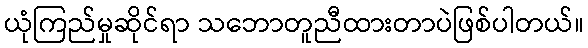
ယုံကြည်မှုဆိုင်ရာ သဘောတူညီထားတာပဲဖြစ်ပါတယ်။